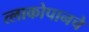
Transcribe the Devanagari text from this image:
त्लाकोपानचे